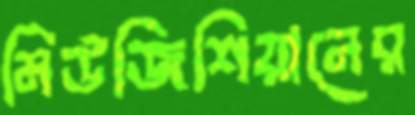
মিউজিশিয়ানের